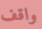
واقف